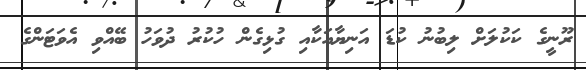
ރޫނީގެ ކަކުލަށް ލިބުނު ކުޑަ އަނިޔާއަކާއި ގުޅިގެން ހުކުރު ދުވަހު ބޭއްވި އެވަޓަންގެ